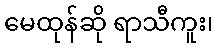
မေထုန်ဆို ရာသီကူး၊